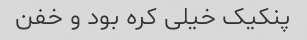
پنکیک خیلی کره بود و خفن